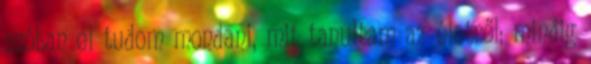
szóban el tudom mondani, mit tanultam az életről: mindig